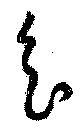
会